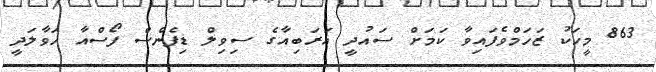
863 މީހަކު ޒަހަމްވެފައިވާ ކަމަށް ސައުދީ އަރަބިއާގެ ސިވިލް ޑިފެންސް ފޯސްއާ ހަވާލަދީ